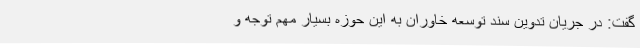
گفت: در جریان تدوین سند توسعه خاوران به این حوزه بسیار مهم توجه و